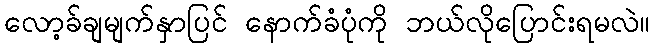
လော့ခ်ချမျက်နှာပြင် နောက်ခံပုံကို ဘယ်လိုပြောင်းရမလဲ။